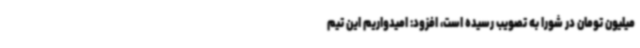
میلیون تومان در شورا به تصویب رسیده است، افزود: امیدواریم این تیم